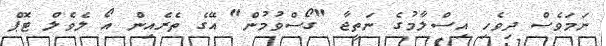
ނަމަވެސް ދިވެހި އިސްލާމުގެ ނަތީޖާ "ގޯސްވުމުން" އޭގެ ތެރެއިން އޯ ލެވެލް ޓޮޕް